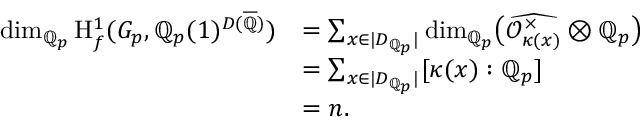
\begin{array} { r l } { \dim _ { \mathbb Q _ { p } } \mathrm H _ { f } ^ { 1 } ( G _ { p } , \mathbb Q _ { p } ( 1 ) ^ { D ( { \overline { { \mathbb Q } } } ) } ) } & { = \sum _ { x \in | D _ { \mathbb Q _ { p } } | } \dim _ { \mathbb Q _ { p } } \bigl ( \widehat { \mathcal { O } _ { \kappa ( x ) } ^ { \times } } \otimes \mathbb Q _ { p } \bigr ) } \\ & { = \sum _ { x \in | D _ { \mathbb Q _ { p } } | } [ \kappa ( x ) : \mathbb Q _ { p } ] } \\ & { = n . } \end{array}